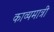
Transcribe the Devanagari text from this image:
काव्यमात्री